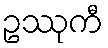
ဥဿုကီ